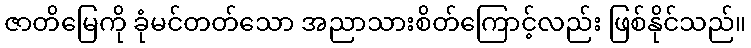
ဇာတိမြေကို ခုံမင်တတ်သော အညာသားစိတ်ကြောင့်လည်း ဖြစ်နိုင်သည်။